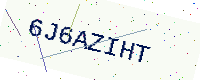
Text: 6J6AZIHT